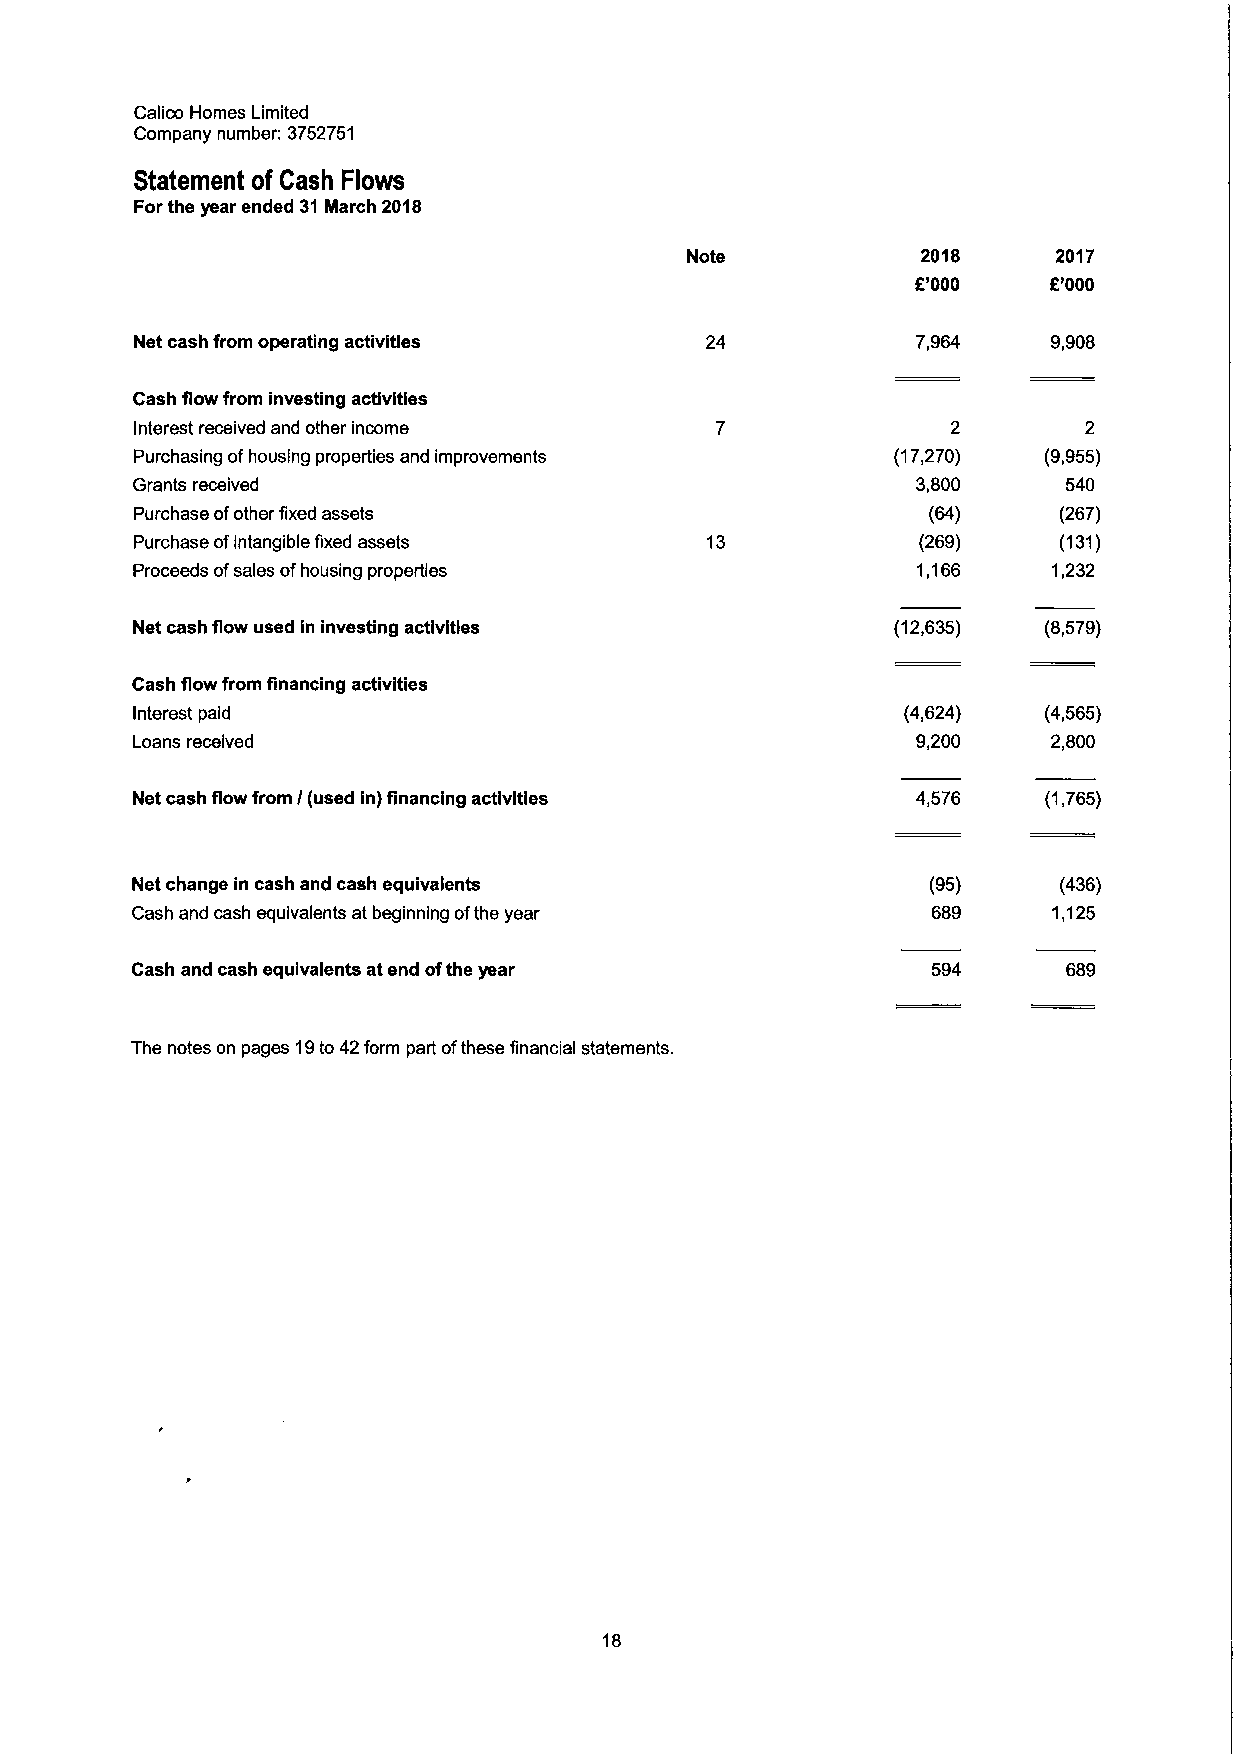
Calico Homes Limited
 Company number: 3752751
 Statement of Cash Flows
 Forthe year ended 31March 2018
 Note            2018     2017
 K'000   R'000
 Net cash from operating activities    24            7,964    9,908
 Cash flow from investing activities
 Interest received and other income                    2        2
 Purchasing ofhousing properties and improvements  (17,270)  (9,955)
 Grants received                                     3,800     540
 Purchase ofother fixed assets                       (64)     (267)
 Purchase ofintangible fixed assets    13            (269)    (131)
 Proceeds ofsales ofhousing properties               1,166    1,232
 Net cash flow used in investing activities        (12,635)  (8,579)
 Cash flow from financing activities
 Interest paid                                      (4,624)  (4,565)
 Loans received                                      9,200    2,800
 Net cash flow from I(used in) financing activities  4,576   (1,765)
 Net change in cash and cash equivalents              (95)    (436)
 Cash and cash equivalents at beginning ofthe year    689     1,125
 Cash and cash equivalents at end ofthe year          594      689
 The notes on pages 19to 42form part ofthese financial statements.
 18